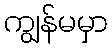
ကျွန်မမှာ